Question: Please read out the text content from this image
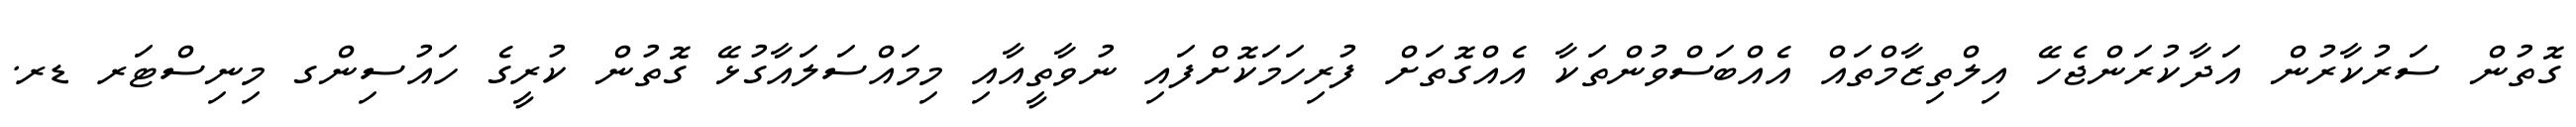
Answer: ގޮތުން ސަރުކާރުން އަދާކުރަންޖެހޭ އިލްތިޒާމްތައް އެއްބަސްވުންތަކާ އެއްގޮތަށް ފުރިހަމަކޮށްފައި ނުވާތީއާއި މިމައްސަލައާގުޅޭ ގޮތުން ކުރީގެ ހައުސިންގ މިނިސްޓަރ ޑރ.